Indian Medical Review
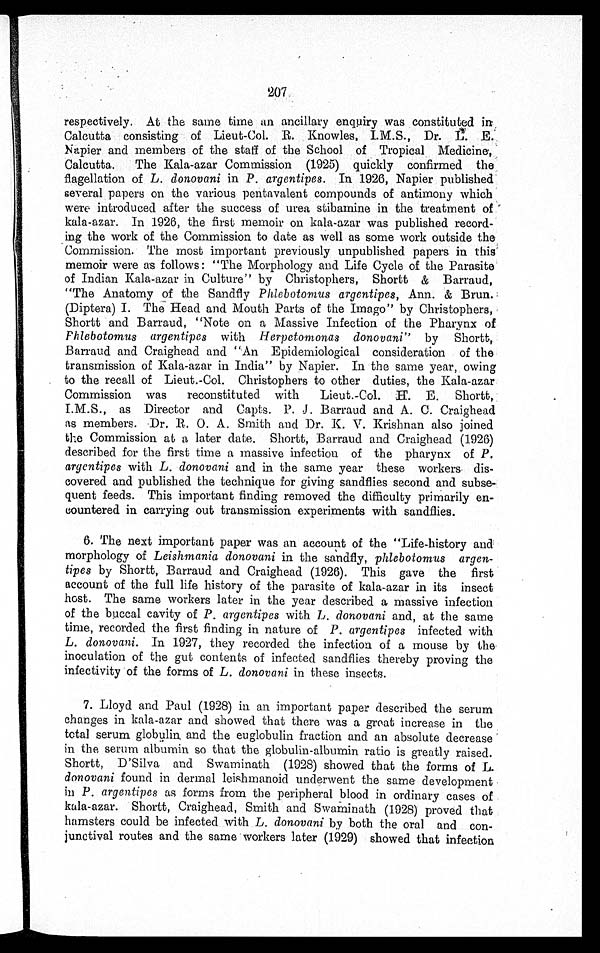
207
respectively. At the same time an ancillary enquiry was constituted in
Calcutta consisting of Lieut-Col. R. Knowles, I.M.S., Dr.L.E.
Napier and members of the staff of the School of Tropical . Medicine,
Calcutta. The Kala-azar Commission (1925) quickly confirmed the
flagellation of L . donovani in P. argentipes. In 1926, Napier published
several papers on the various pentavalent compounds of antimony which
were introduced after the success of urea stibamine in the treatment of
kala-azar. In 1926, the first memoir on kala-azar was published record-
ing the work of the Commission to date as well as some work outside the
Commission. The most important previously unpublished papers in this
memoir were as follows: "The Morphology and Life Cycle of the Parasite
of Indian Kala-azar in Culture" by Christophers, Shortt & Barraud,
"The Anatomy of the Sandfly Phlebotomus argentipes, Ann. & Brun.
(Diptera) I. The Head and Mouth Parts of the Imago" by Christophers,
Shortt and Barraud, "Note on a Massive Infection of the Pharynx of
Phlebotomus argentipes with Herpetomonas donovani" by Shortt,
Barraud and Craighead and "An Epidemiological consideration of the
transmission of Kala-azar in India" by Napier. In the same year, owing
to the recall of Lieut.-Col. Christophers to other duties, the Kala-azar
Commission was reconstituted with Lieut.-Col. H. E. Shortt,.
I.M.S., as Director and Capts. P. J . Barraud and A. C. Craighead
as members. Dr. O. A. Smith and Dr. K.V. Krishnan also joined
the Commission at a later date. Shortt, Barraud and Craighead (1926)
described for the first time a massive infection of the pharynx of P.
argentipes with L. donovani and in the same year these workers dis
-covered and published the technique for giving sandflies second and subse-
quent feeds. This important finding removed the difficulty primarily en
-countered in carrying out transmission experiments with sandflies.
6. The next important paper was an account of the "Life-history and
morphology of Leishmania donovani in the sandfly, phlebotomus argen
-tipes by Shortt, Barraud and Craighead (1926). This gave the first
account of the full life history of the parasite of kala-azar in its insect
host. The same workers later in the year described a massive infection
of the buccal cavity of P. argentipes with L. donovani and, at the same
time, recorded the first finding in nature of P. argentipes infected with
L. donovani. In 1927, they recorded the infection of a mouse by the
inoculation of the gut contents of infected sandflies thereby proving the
infectivity of the forms of L. donovani in these insects.
7. Lloyd and Paul (1928) in an important paper described the serum
changes in kala-azar and showed that there was a great increase in the
total serum globulin, and the euglobulin fraction and an absolute decreas
e in the serum albumin so that the globulin-albumin ratio is greatly raised.
Shortt, D'Silva and Swaminath (1928) showed that the forms of L.
donovani found in dermal leishmanoid underwent the same development
in P. argentipes as forms from the peripheral blood in ordinary cases of
kala-azar. Shortt, Craighead, Smith and Swaminath (1928) proved that
hamsters could be infected with L. donovani by both the oral and con
-junctival routes and the same workers later (1929) showed that infection